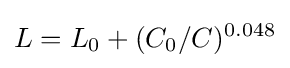
L=L_{0}+(C_{0}/C)^{0.048}